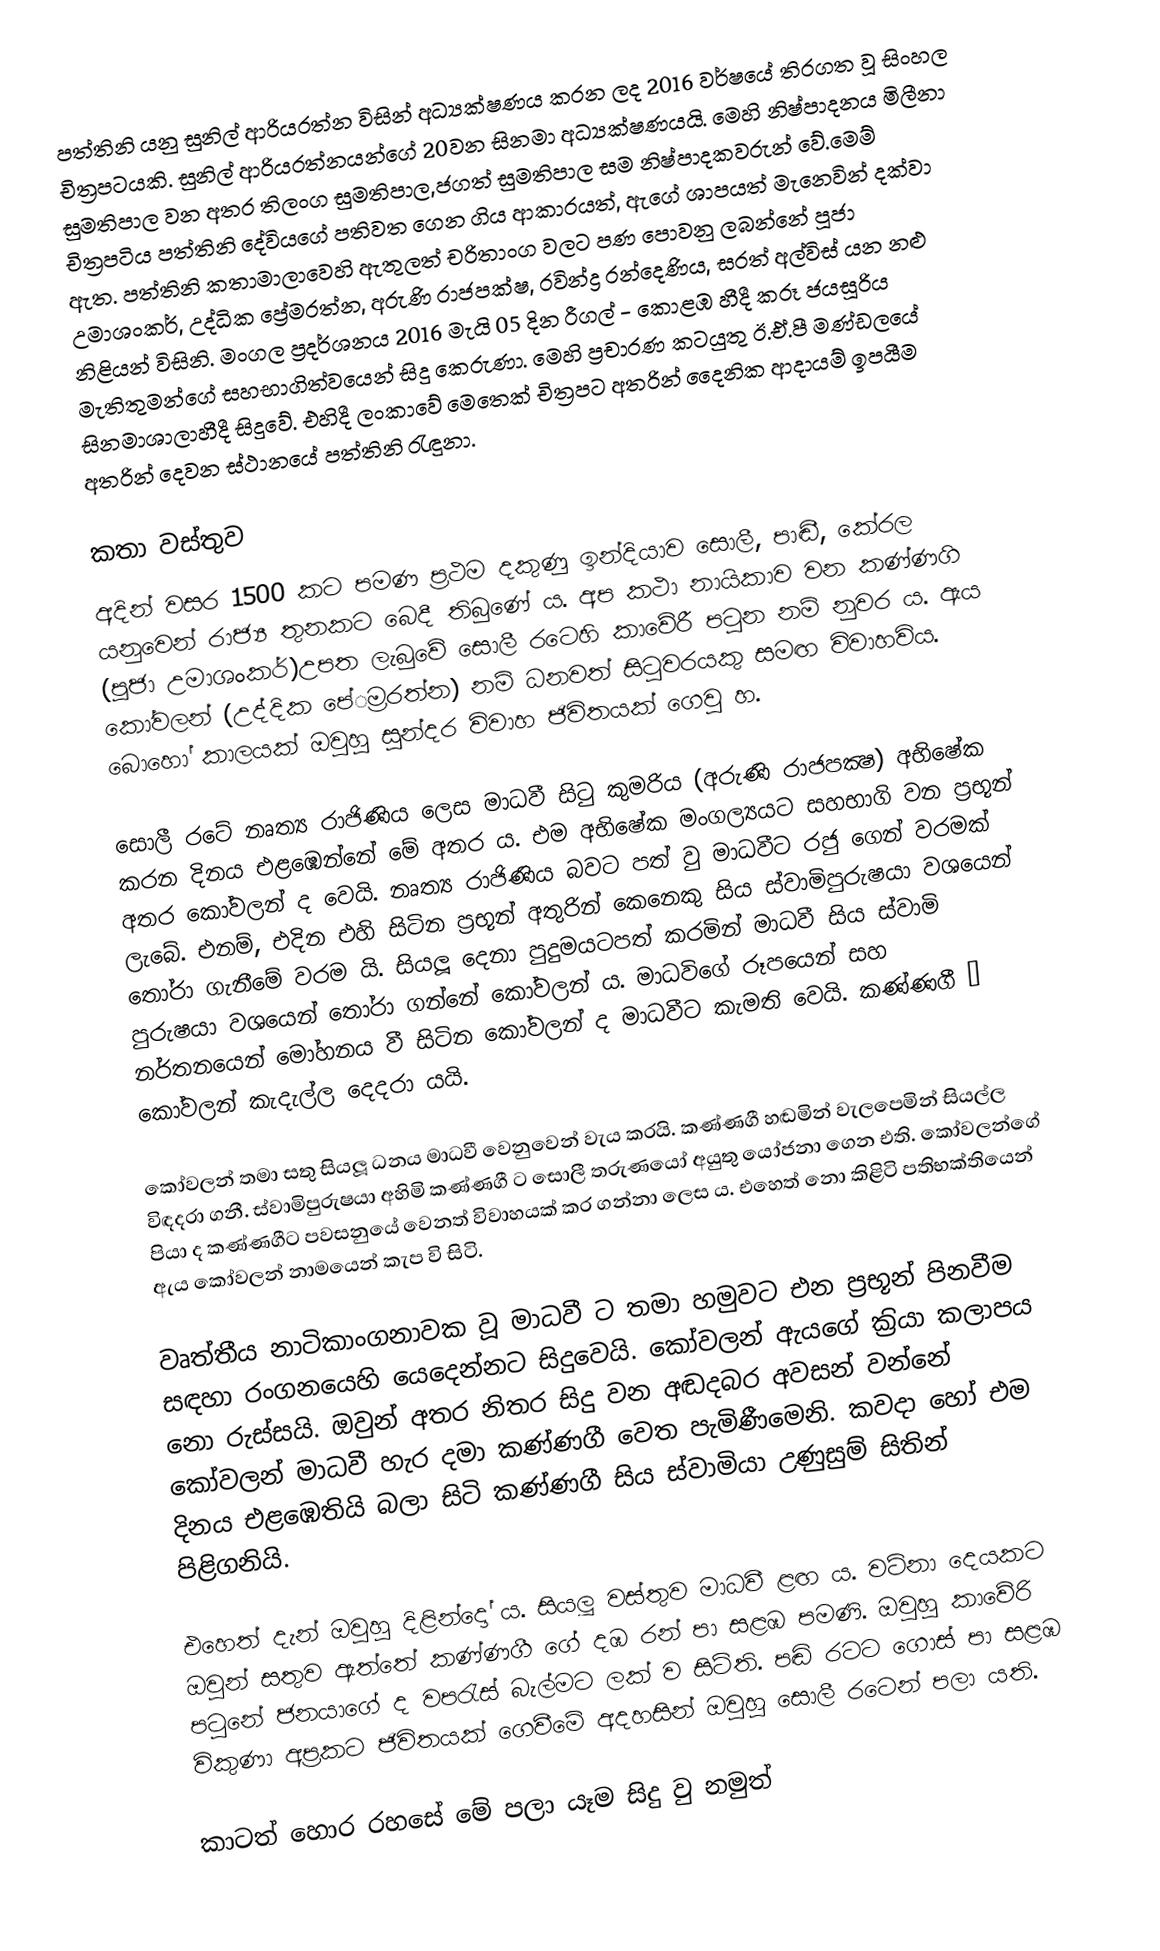
පත්තිනි යනු සුනිල් ආරියරත්න විසින් අධ්‍යක්ෂණය කරන ලද 2016 වර්ෂයේ තිරගත වූ සිංහල චිත්‍රපටයකි. සුනිල් ආරියරත්නයන්ගේ 20වන සිනමා අධ්‍යක්ෂණයයි. මෙහි නිෂ්පාදනය මිලීනා සුමතිපාල වන අතර තිලංග සුමතිපාල,ජගත් සුමතිපාල සම නිෂ්පාදකවරුන් වේ.මෙම් චිත්‍රපටිය පත්තිනි දේවියගේ පතිවත ගෙන ගිය ආකාරයත්, ඇගේ ශාපයත් මැනෙවින් දක්වා ඇත. පත්තිනි කතාමාලාවෙහි ඇතුලත් චරිතාංග වලට පණ පොවනු ලබන්නේ පූජා උමාශංකර්, උද්ධික ප්‍රේමරත්න, අරුණි රාජපක්ෂ, රවින්ද්‍ර රන්දෙණිය, සරත් අල්විස් යන නළු නිළියන් විසිනි.  මංගල ප්‍රදර්ශනය 2016 මැයි 05 දින රීගල් - කොළඹ හීදී කරූ ජයසූරිය මැතිතුමන්ගේ සහභාගිත්වයෙන් සිදු කෙරුණා. මෙහි ප්‍රචාරණ කටයුතු ඊ.ඒ.පී මණ්ඩලයේ සිනමාශාලාහීදී සිදුවේ. එහිදී ලංකාවේ මෙතෙක් චිත්‍රපට අතරින් දෛනික ආදායම් ඉපයීම අතරින් දෙවන ස්ථානයේ පත්තිනි රැඳුනා.

කතා වස්තුව
අදින් වසර 1500 කට පමණ ප‍්‍රථම දකුණු ඉන්දියාව සොලී, පාඬී, කේරල යනුවෙන් රාජ්‍ය තුනකට බෙදී තිබුණේ ය. අප කථා නායිකාව වන කණ්ණගි (පූජා උමාශංකර්)උපත ලැබුවේ සොලී රටෙහි කාවේරී පටුන නම් නුවර ය. ඇය කෝවලන් (උද්දික පේ‍්‍රමරත්න) නම් ධනවත් සිටුවරයකු සමඟ විවාහවිය. බොහෝ කාලයක් ඔවුහු සුන්දර විවාහ ජිවිතයක් ගෙවු හ.

සොලී රටේ නෘත්‍ය රාජිණිය ලෙස මාධවී සිටු කුමරිය (අරුණි රාජපක්‍ෂ) අභිෂේක කරන දිනය එළඹෙන්නේ මේ අතර ය. එම අභිෂේක මංගල්‍යයට සහභාගි වන ප‍්‍රභූන් අතර කෝවලන් ද වෙයි. නෘත්‍ය රාජිණිය බවට පත් වු මාධවීට රජු ගෙන් වරමක් ලැබේ. එනම්, එදින එහි සිටින ප‍්‍රභූන් අතුරින් කෙනෙකු සිය ස්වාමිපුරුෂයා වශයෙන් තෝරා ගැනීමේ වරම යි. සියලූ දෙනා පුදුමයටපත් කරමින් මාධවී සිය ස්වාමි පුරුෂයා වශයෙන් තෝරා ගන්නේ කෝවලන් ය. මාධවිගේ රූපයෙන් සහ නර්තනයෙන් මෝහනය වී සිටින කෝවලන් ද මාධවීට කැමති වෙයි. කණ්ණගී – කෝවලන් කැදැල්ල දෙදරා යයි.

කෝවලන් තමා සතු සියලූ ධනය මාධවී වෙනුවෙන් වැය කරයි. කණ්ණගී හඬමින් වැලපෙමින් සියල්ල විඳදරා ගනී. ස්වාමිපුරුෂයා අහිමි කණ්ණගී ට සොලී තරුණයෝ අයුතු යෝජනා ගෙන එති. කෝවලන්ගේ පියා ද කණ්ණගීට පවසනුයේ වෙනත් විවාහයක් කර ගන්නා ලෙස ය. එහෙත් නො කිළිටි පතිභක්තියෙන් ඇය කෝවලන් නාමයෙන් කැප වි සිටි.

වෘත්තීය නාටිකාංගනාවක වූ මාධවී ට තමා හමුවට එන ප‍්‍රභූන් පිනවීම සඳහා රංගනයෙහි යෙදෙන්නට සිදුවෙයි. කෝවලන් ඇයගේ ක‍්‍රියා කලාපය නො රුස්සයි. ඔවුන් අතර නිතර සිදු වන අඬදබර අවසන් වන්නේ කෝවලන් මාධවී හැර දමා කණ්ණගී වෙත පැමිණීමෙනි. කවදා හෝ එම දිනය එළඹෙතියි බලා සිටි කණ්ණගී සිය ස්වාමියා උණුසුම් සිතින් පිළිගනියි.

එහෙත් දැන් ඔවුහු දිළින්දෝ ය. සියලූ වස්තුව මාධවී ළඟ ය. වටිනා දෙයකට ඔවුන් සතුව ඇත්තේ කණ්ණගී ගේ දඹ රන් පා සළඹ පමණි. ඔවුහු කාවේරි පටුනේ ජනයාගේ ද වපරැස් බැල්මට ලක් ව සිටිති. පඬි රටට ගොස් පා සළඹ විකුණා අප‍්‍රකට ජිවිතයක් ගෙවීමේ අදහසින් ඔවුහු සොලී රටෙන් පලා යති.

කාටත් හොර රහසේ මේ පලා යෑම සිදු වු නමුත්